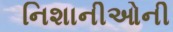
નિશાનીઓની